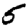
Digit: 5